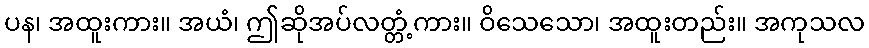
ပန၊ အထူးကား။ အယံ၊ ဤဆိုအပ်လတ္တံ့ကား။ ဝိသေသော၊ အထူးတည်း။ အကုသလ